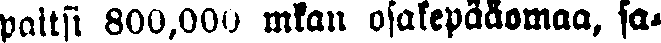
paitsi 800,000>. mkan osakepääomaa, sa-